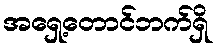
အရှေ့တောင်ဘက်ရှိ